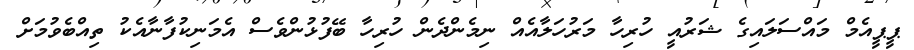
ޕީޕީއެމް މައްސަލައިގެ ޝަރުއީ ހުރިހާ މަރުހަލާއެއް ނިމެންދެން ހުރިހާ ބޭފުޅުންވެސް އެމަނިކުފާނާއެކު ތިއްބެވުމަށް